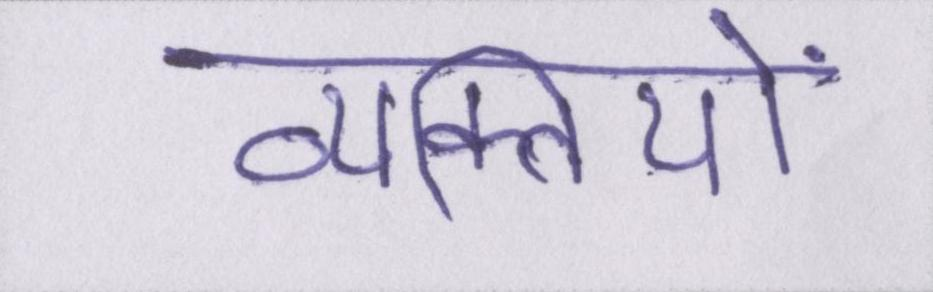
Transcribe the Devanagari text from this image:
व्यक्तियों